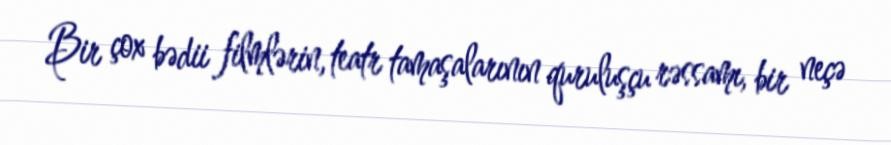
Bir çox bədii filmlərin, teatr tamaşalarının quruluşçu rəssamı, bir neçə